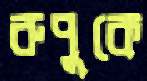
রুপুকে